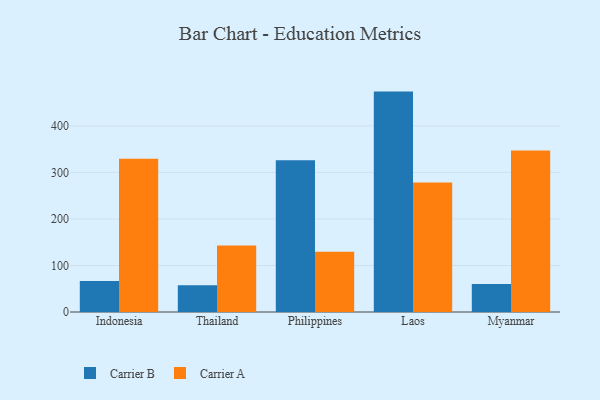
{"axis": {"x": "Country", "y": "LTV (USD)"}, "legend": ["Carrier A", "Carrier B"], "data": [{"x": "Indonesia", "y": 66.5, "type": "Carrier B"}, {"x": "Indonesia", "y": 329.7, "type": "Carrier A"}, {"x": "Thailand", "y": 57.3, "type": "Carrier B"}, {"x": "Thailand", "y": 142.8, "type": "Carrier A"}, {"x": "Philippines", "y": 326.2, "type": "Carrier B"}, {"x": "Philippines", "y": 129.6, "type": "Carrier A"}, {"x": "Laos", "y": 473.8, "type": "Carrier B"}, {"x": "Laos", "y": 278.6, "type": "Carrier A"}, {"x": "Myanmar", "y": 60.4, "type": "Carrier B"}, {"x": "Myanmar", "y": 347.4, "type": "Carrier A"}]}